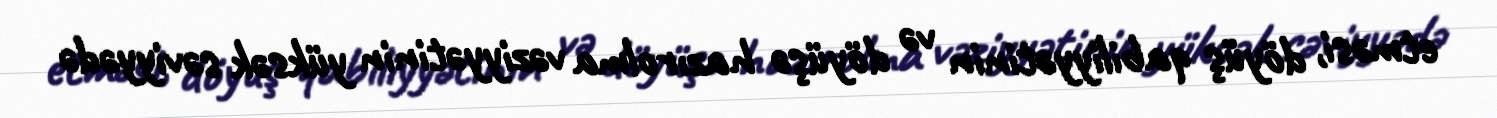
etməsi, döyüş qabiliyyətinin və döyüşə hazırolma vəziyyətinin yüksək səviyyədə